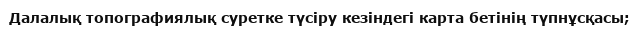
Далалық топографиялық суретке түсіру кезіндегі карта бетінің түпнұсқасы;